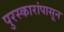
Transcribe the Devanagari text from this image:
पुरस्कारांपासून